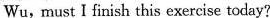
Wu, must I finish this exercise today?